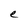
Character: e